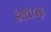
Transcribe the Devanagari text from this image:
इंश्टीट्यूट